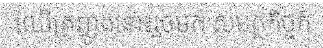
ឈើគ្រញូងនោះរួចមក សមត្ថកិច្ចក៍